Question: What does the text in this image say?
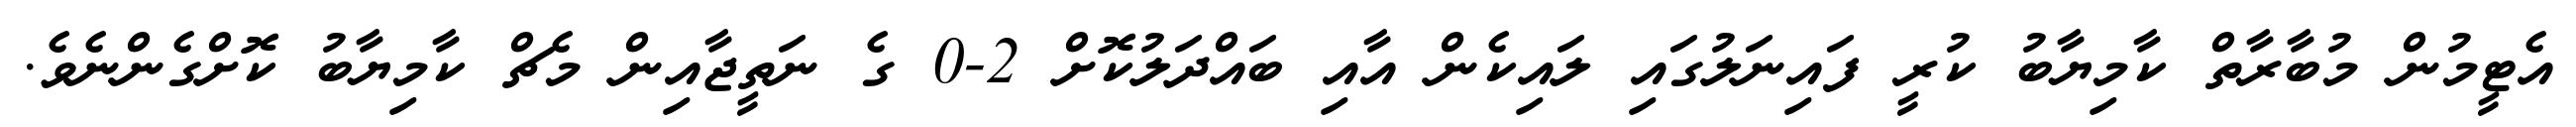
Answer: އެޓީމުން މުބާރާތް ކާމިޔާބު ކުރީ ފައިނަލުގައި ލައިކެން އާއި ބައްދަލުކޮށް 2-0 ގެ ނަތީޖާއިން މެޗް ކާމިޔާބު ކޮށްގެންނެވެ.